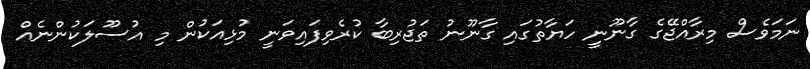
ނަމަވެސް މިރާއްޖޭގެ ގާނޫނީ ހަޔާތުގައި ގާނޫނު ތަޖުރިބާ ކުރެވިފައިވަނީ މުޅިއަކުން މި އުސޫލަކުންނެއް